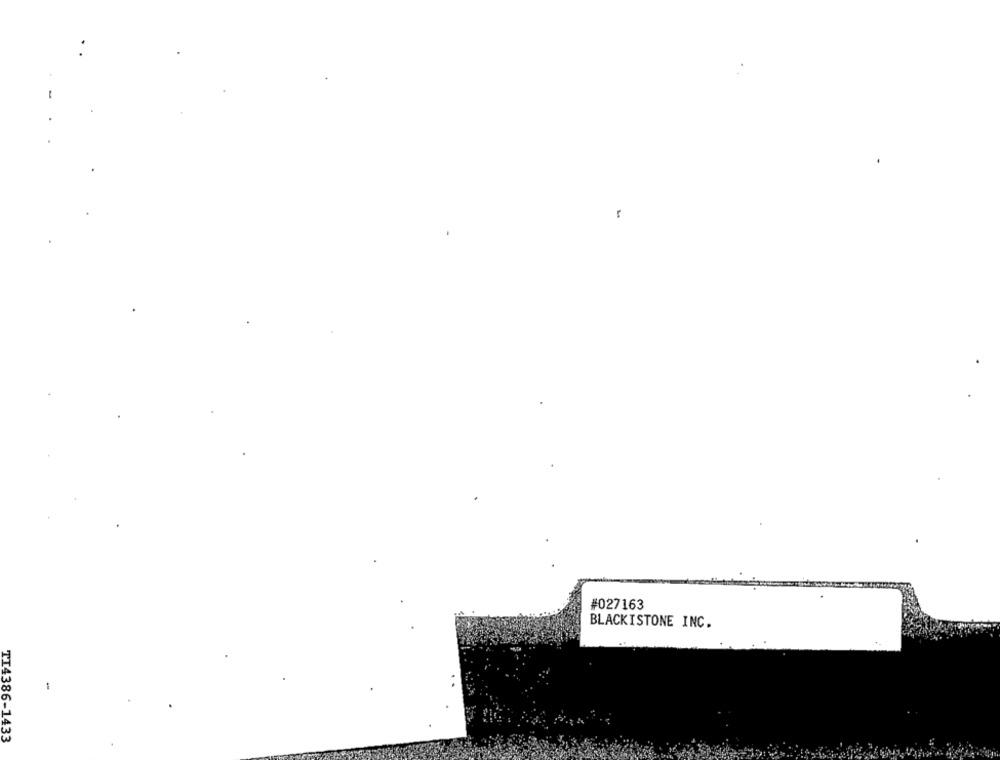
#027163
BLACKISTONE INC.
TI4386-1433